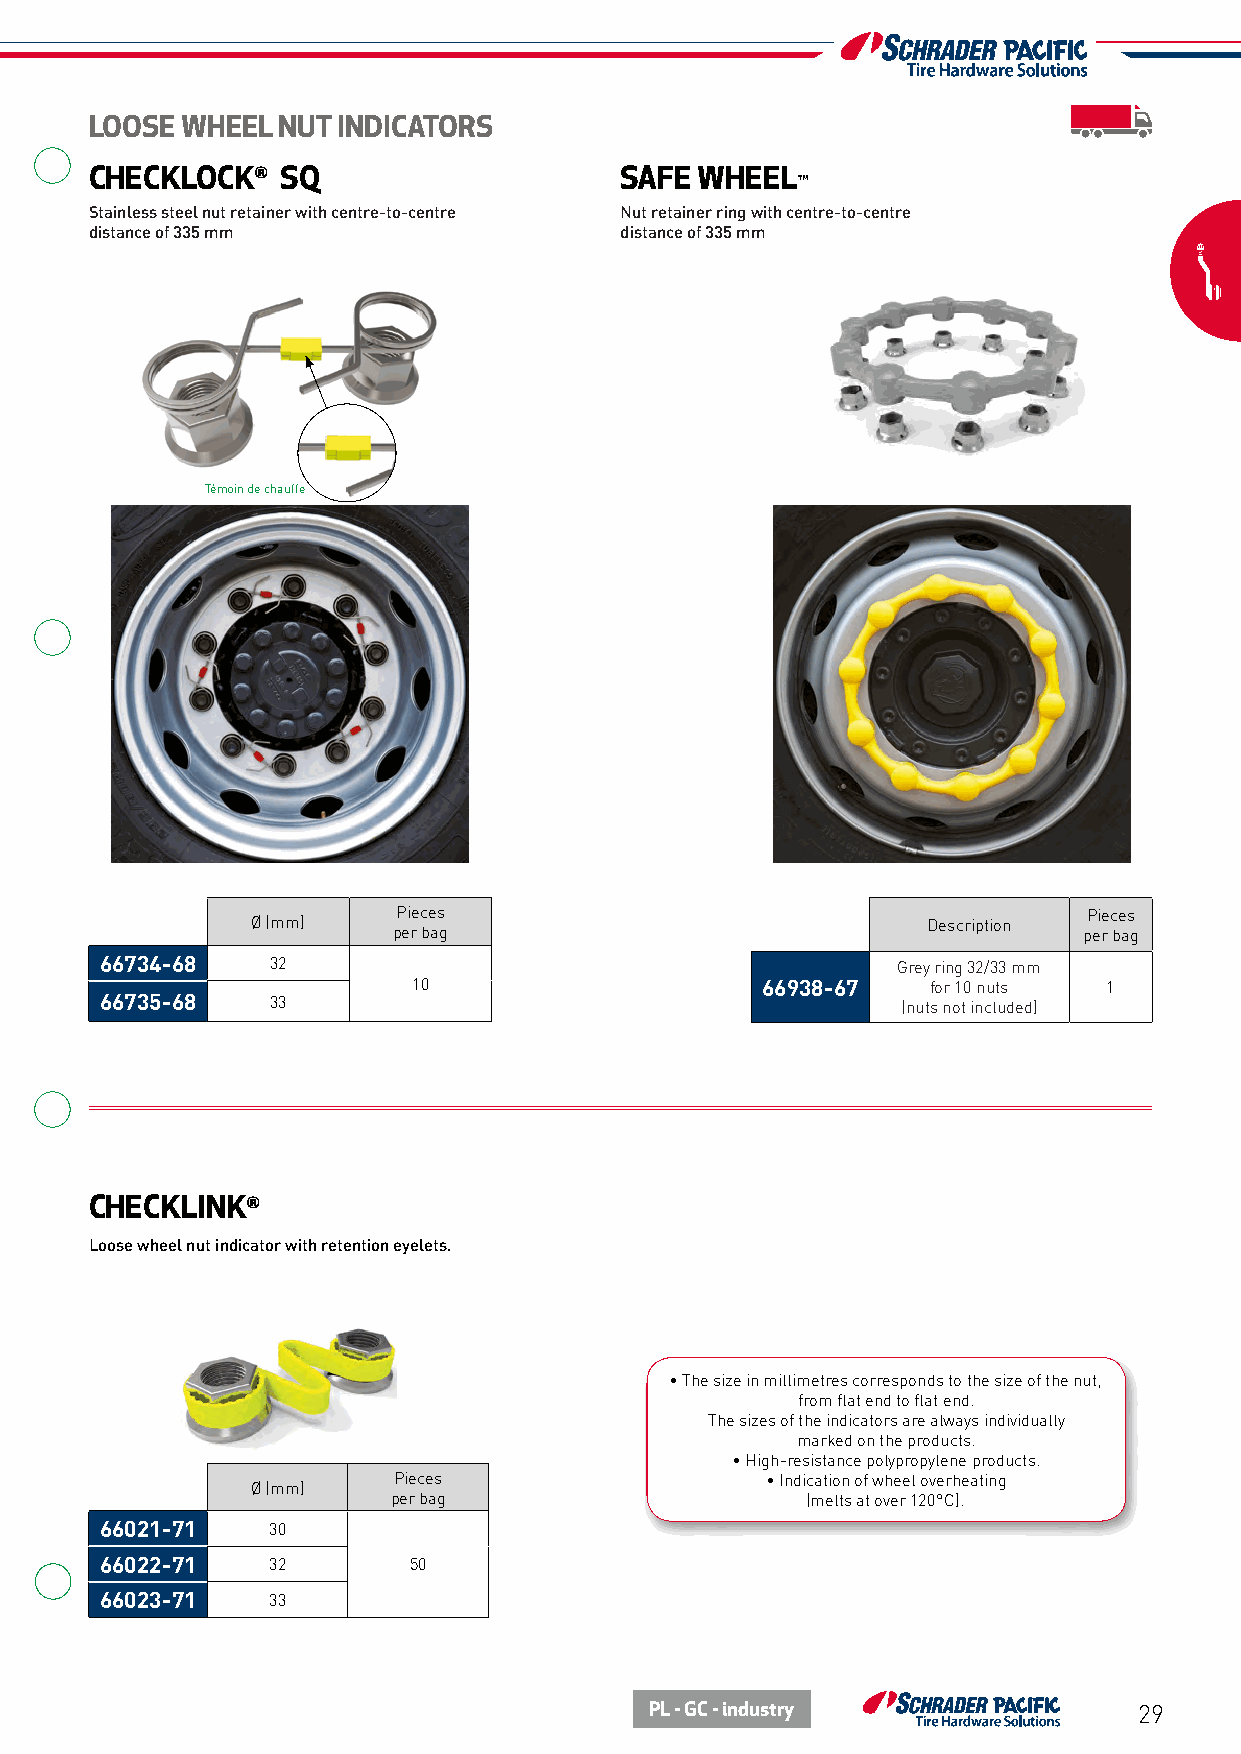
LOOSE WHEEL NUT INDICATORS
 CHECKLOCK®   SQ                    SAFE WHEEL
 ™
 Stainless steel nut retainer with centre-to-centre Nut retainer ring with centre-to-centre
 distance of 335 mm                 distance of 335 mm
 Témoin de chauffe
 Pieces                                        Pieces
 Ø (mm)                                      Description
 per bag                                       per bag
 66734-68   32                                       Grey ring 32/33 mm
 10                     66938-67    for 10 nuts 1
 66735-68   33                                        (nuts not included)
 CHECKLINK®
 Loose wheel nut indicator with retention eyelets.
 • The size in millimetres corresponds to the size of the nut,
 from flat end to flat end.
 The sizes of the indicators are always individually
 marked on the products.
 • High-resistance polypropylene products.
 Pieces                   • Indication of wheel overheating
 Ø (mm)
 per bag                    (melts at over 120°C).
 66021-71   30
 66022-71   32       50
 66023-71   33
 PL - GC - industry              29